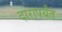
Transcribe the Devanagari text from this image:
दारापर्यंत